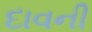
દાવની